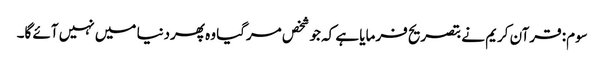
سوم: قرآن کریم نے بتصریح فرمایا ہے کہ جو شخص مرگیا وہ پھردنیا میں نہیں آئے گا۔